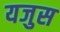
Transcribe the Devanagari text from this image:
यजुस